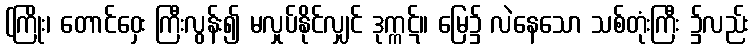
(ကြိုး၊ တောင်ဝှေး ကြီးလွန်း၍ မလှုပ်နိုင်လျှင် ဒုက္ကဋ်။ မြေ၌ လဲနေသော သစ်တုံးကြီး ၌လည်း